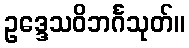
ဥဒ္ဒေသဝိဘင်္ဂသုတ်။